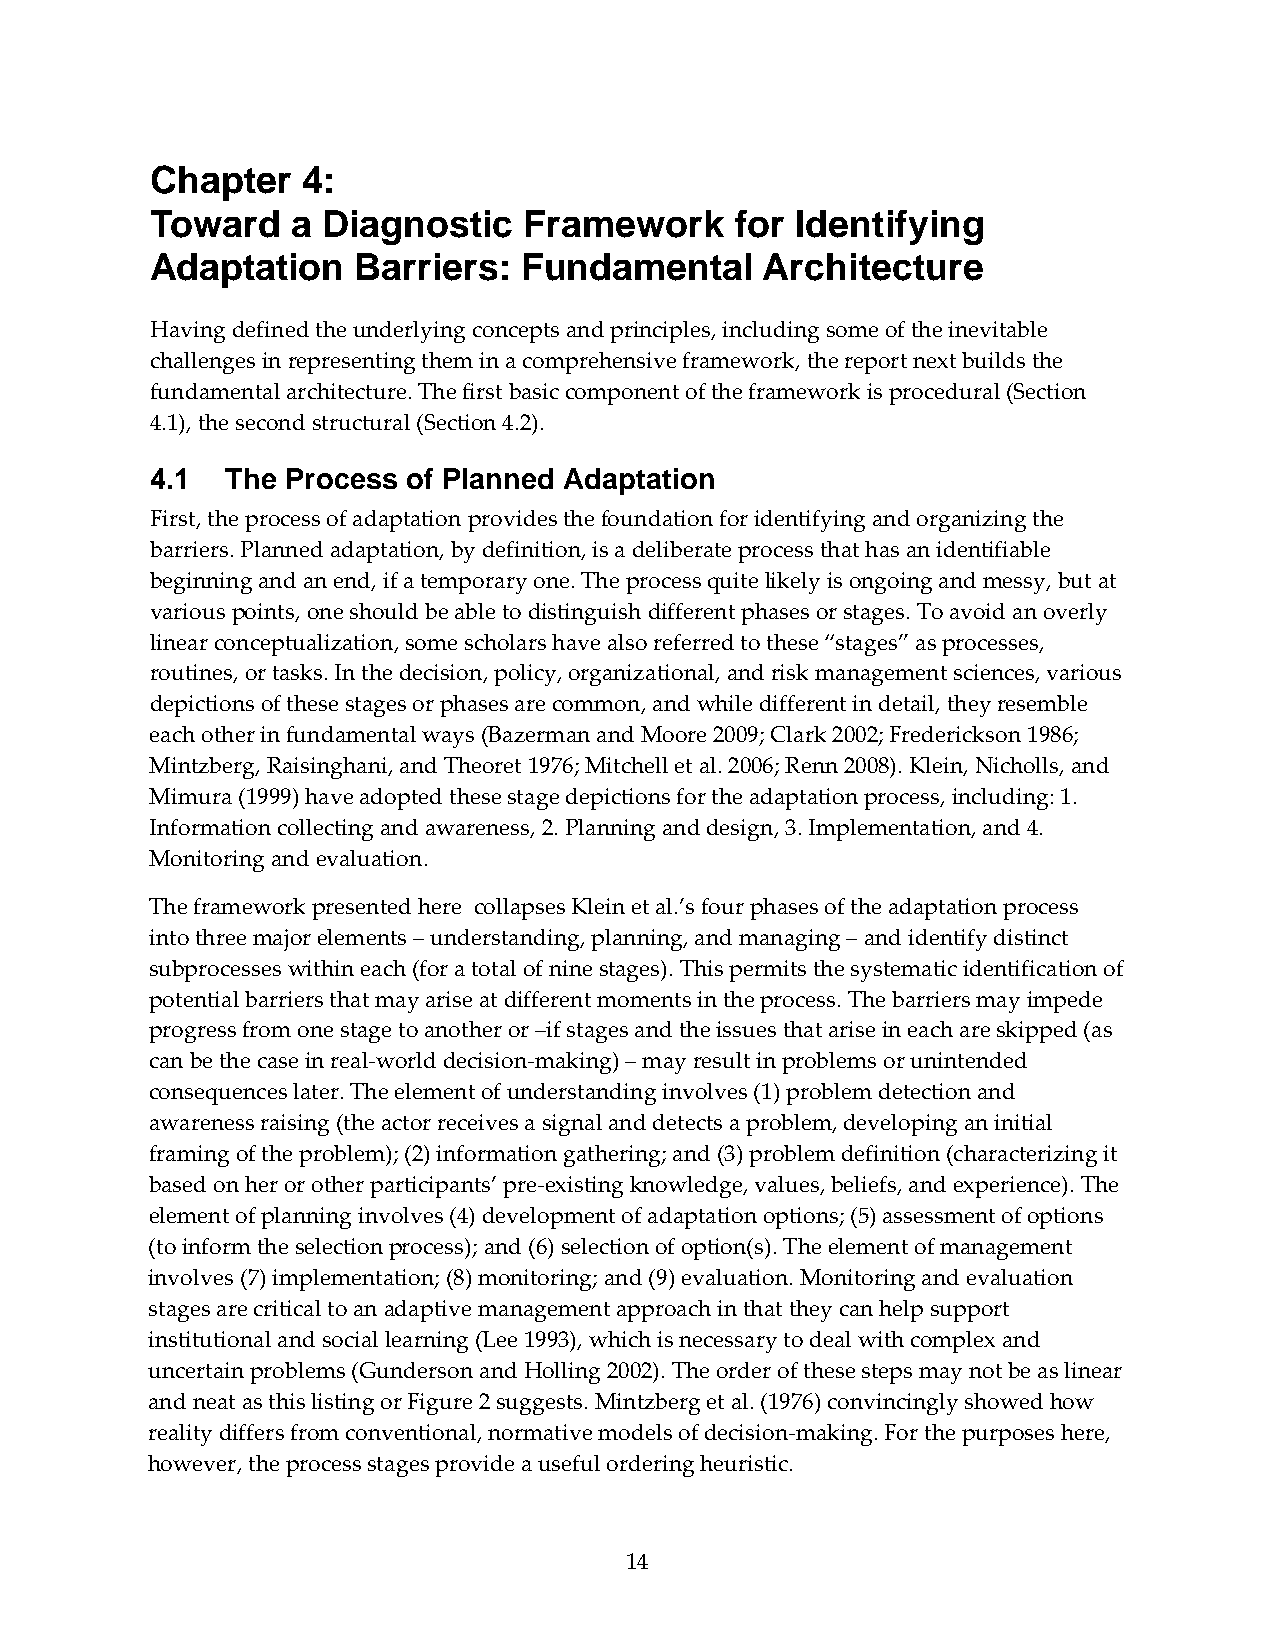
Chapter   4:
 Toward   a Diagnostic    Framework     for Identifying
 Adaptation    Barriers:  Fundamental     Architecture
 Having defined the underlying concepts and principles, including some of the inevitable
 challenges in representing them in a comprehensive framework, the report next builds the
 fundamental architecture. The first basic component of the framework is procedural (Section
 4.1), the second structural (Section 4.2).
 4.1  The Process of Planned Adaptation
 First, the process of adaptation provides the foundation for identifying and organizing the
 barriers. Planned adaptation, by definition, is a deliberate process that has an identifiable
 beginning and an end, if a temporary one. The process quite likely is ongoing and messy, but at
 various points, one should be able to distinguish different phases or stages. To avoid an overly
 linear conceptualization, some scholars have also referred to these “stages” as processes,
 routines, or tasks. In the decision, policy, organizational, and risk management sciences, various
 depictions of these stages or phases are common, and while different in detail, they resemble
 each other in fundamental ways (Bazerman and Moore 2009; Clark 2002; Frederickson 1986;
 Mintzberg, Raisinghani, and Theoret 1976; Mitchell et al. 2006; Renn 2008). Klein, Nicholls, and
 Mimura (1999) have adopted these stage depictions for the adaptation process, including: 1.
 Information collecting and awareness, 2. Planning and design, 3. Implementation, and 4.
 Monitoring and evaluation.
 The framework presented here collapses Klein et al.’s four phases of the adaptation process
 into three major elements – understanding, planning, and managing – and identify distinct
 subprocesses within each (for a total of nine stages). This permits the systematic identification of
 potential barriers that may arise at different moments in the process. The barriers may impede
 progress from one stage to another or –if stages and the issues that arise in each are skipped (as
 can be the case in real‐world decision‐making) – may result in problems or unintended
 consequences later. The element of understanding involves (1) problem detection and
 awareness raising (the actor receives a signal and detects a problem, developing an initial
 framing of the problem); (2) information gathering; and (3) problem definition (characterizing it
 based on her or other participants’ pre‐existing knowledge, values, beliefs, and experience). The
 element of planning involves (4) development of adaptation options; (5) assessment of options
 (to inform the selection process); and (6) selection of option(s). The element of management
 involves (7) implementation; (8) monitoring; and (9) evaluation. Monitoring and evaluation
 stages are critical to an adaptive management approach in that they can help support
 institutional and social learning (Lee 1993), which is necessary to deal with complex and
 uncertain problems (Gunderson and Holling 2002). The order of these steps may not be as linear
 and neat as this listing or Figure 2 suggests. Mintzberg et al. (1976) convincingly showed how
 reality differs from conventional, normative models of decision‐making. For the purposes here,
 however, the process stages provide a useful ordering heuristic.
 14